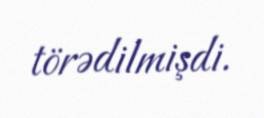
törədilmişdi.